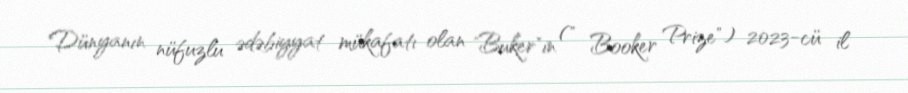
Dünyanın nüfuzlu ədəbiyyat mükafatı olan "Buker"in (" Booker Prize") 2023-cü il